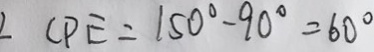
\angle C P E = 1 5 0 ^ { \circ } - 9 0 ^ { \circ } = 6 0 ^ { \circ }